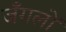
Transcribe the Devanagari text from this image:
जँगलों